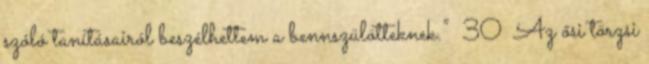
szóló tanításairól beszélhettem a bennszülötteknek.” 30 Az ősi törzsi